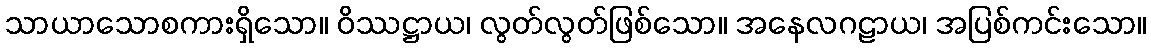
သာယာသောစကားရှိသော။ ဝိဿဋ္ဌာယ၊ လွတ်လွတ်ဖြစ်သော။ အနေလဂဠာယ၊ အပြစ်ကင်းသော။